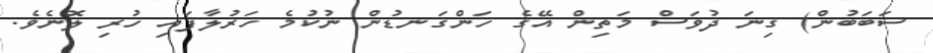
ސަބަބުން) ގިނަ ދުވަސް މަތިން އޭގެ ހަންގަނޑުން ނުކުމެ ހަރުލާފައި ހުރި ލޮނެވެ.